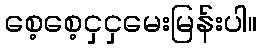
စေ့စေ့ငှငှမေးမြန်းပါ။